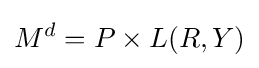
M^{d}=P\times L(R,Y)